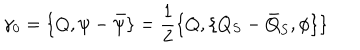
LaTeX: \gamma _ { 0 } = \{ Q , \psi - { \bar { \psi } } \} = \frac { 1 } { 2 } \{ Q , \{ Q _ { S } - { \bar { Q } } _ { S } , \phi \} \}